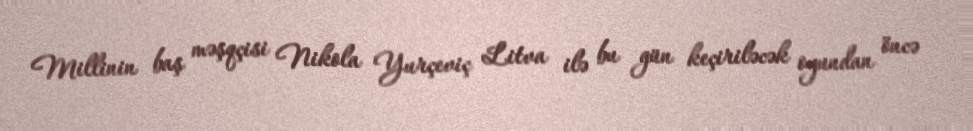
Millinin baş məşqçisi Nikola Yurçeviç Litva ilə bu gün keçiriləcək oyundan öncə